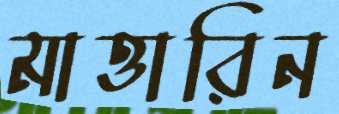
মাত্তারিন